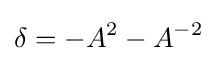
\delta =-A^{2}-A^{-2}